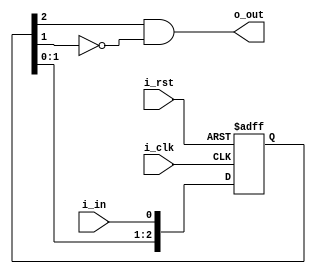


module pulse (

	i_clk,

	i_rst,

	i_in,

	o_out);



input i_clk;

input i_rst;

input i_in;

output o_out;



reg [2:0] rin;



always @(posedge i_clk or posedge i_rst)

begin

	if (i_rst) rin <= 0;

	else rin <= {rin[1:0], i_in};

end



assign o_out = rin[2] & ~rin[1];



endmodule